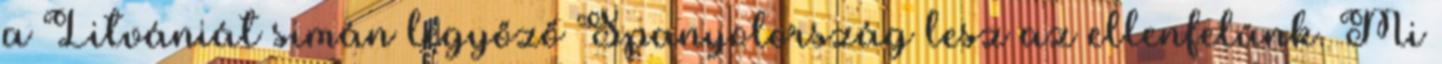
a Litvániát simán legyőző Spanyolország lesz az ellenfelünk. Mi